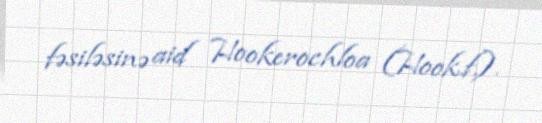
fəsiləsinə aid Hookerochloa (Hook.f.).